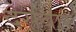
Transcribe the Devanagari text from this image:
देसवार